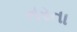
તરતા